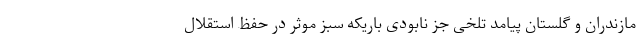
مازندران و گلستان پیامد تلخی جز نابودی باریکه سبز موثر در حفظ استقلال